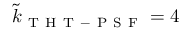
\tilde { k } _ { \mathrm { ~ T ~ H ~ T ~ - ~ P ~ S ~ F ~ } } = 4